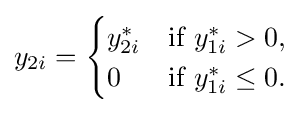
y_{2i}={\begin{cases}y_{2i}^{*}&{\text{if }}y_{1i}^{*}>0,\\0&{\text{if }}y_{1i}^{*}\leq 0.\end{cases}}